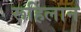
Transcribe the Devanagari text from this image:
रूहिलान